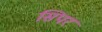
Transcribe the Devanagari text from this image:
सिपर